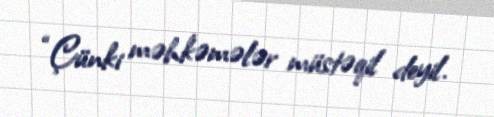
“Çünki məhkəmələr müstəqil deyil.